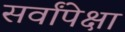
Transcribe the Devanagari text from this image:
सर्वांपेक्षा